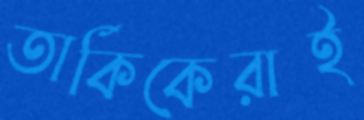
তার্কিকেরাই